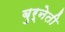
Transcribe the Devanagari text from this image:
बुर्नेती